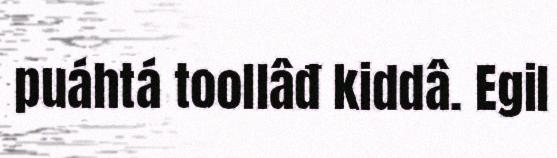
puáhtá toollâđ kiddâ. Egil